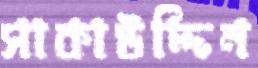
সাকাউদ্দিন